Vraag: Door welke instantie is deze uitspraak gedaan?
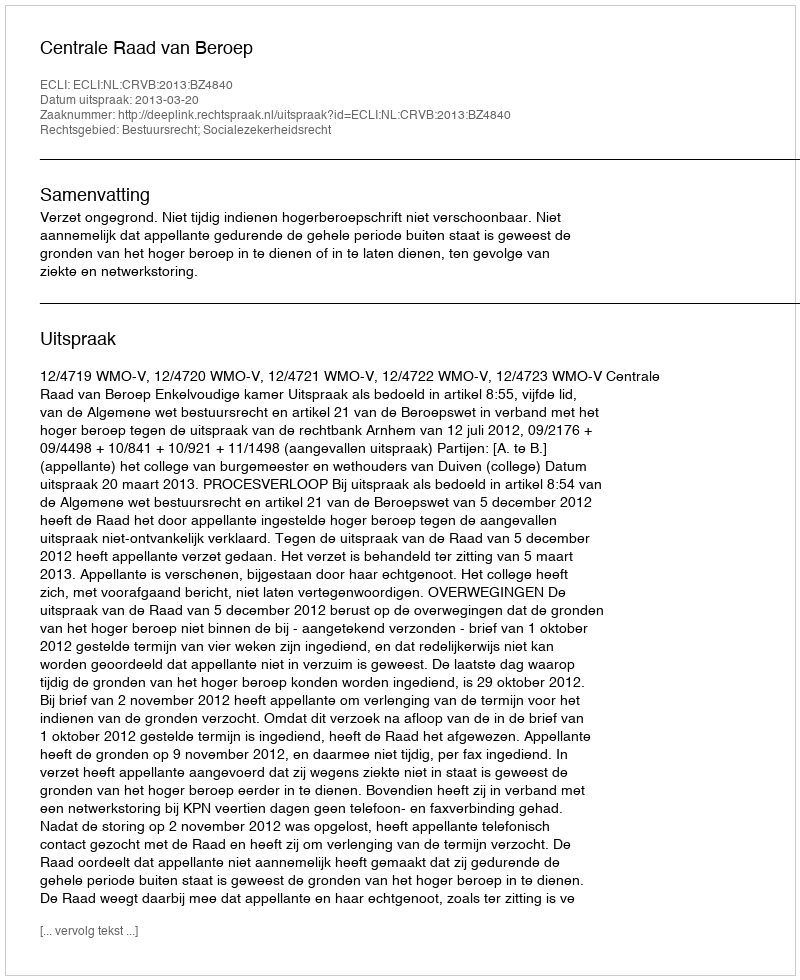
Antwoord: Centrale Raad van Beroep